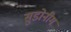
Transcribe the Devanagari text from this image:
सुडोनीम